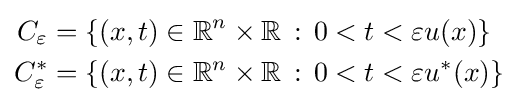
{\begin{aligned}C_{\varepsilon }&=\{(x,t)\in \mathbb {R} ^{n}\times \mathbb {R} \,:\,0<t<\varepsilon u(x)\}\\C_{\varepsilon }^{*}&=\{(x,t)\in \mathbb {R} ^{n}\times \mathbb {R} \,:\,0<t<\varepsilon u^{*}(x)\}\end{aligned}}